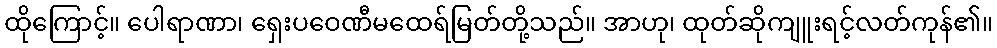
ထိုကြောင့်။ ပေါရာဏာ၊ ရှေးပဝေဏီမထေရ်မြတ်တို့သည်။ အာဟု၊ ထုတ်ဆိုကျူးရင့်လတ်ကုန်၏။